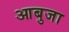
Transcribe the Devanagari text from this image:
आबुजा